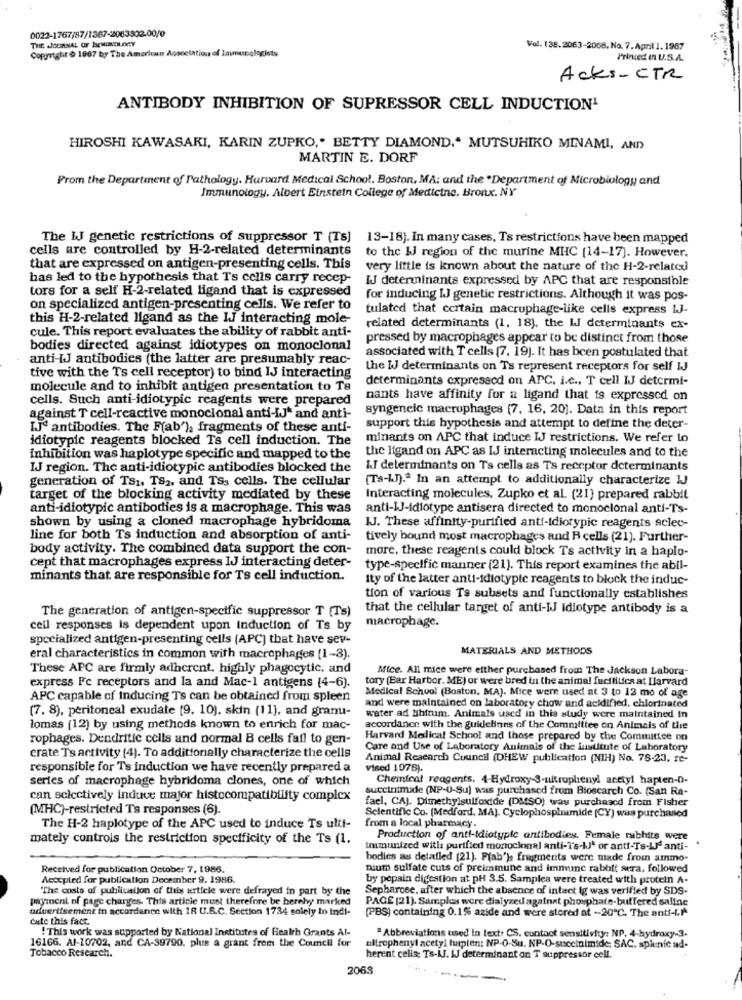
0022-1767/87/1367-2063302-00/0
THE JOURNAL OF hwUNOLAY
Copyright & 1967 by The American Association of Immunglogists
Vol. 138.2063-2008, No. 7.April 1.1967
Princed in U.S.A.
Acks-CTR
ANTIBODY INHIBITION OF SUPRESSOR CELL INDUCTION1
HIROSHI KAWASAKI, KARIN ZUPKO ,. BETTY DIAMOND." MUTSUHIKO MINAMI, AND)
MARTIN E. DORF
From the Department of Pathology. Harvard Medical School, Boston, MA: and the .Department of Microbiology and
Immunology. Albert Einstein College of Medicine. Bronx. NY
The IJ genetic restrictions of suppressor T (Ts) 13-18). In many cases, Ts restrictions have been mapped
cells are controlled by H-2-related determinants
to the IJ region of the murine MHC (14-17). However.
that are expressed on antigen-presenting cells. This
very little is known about the nature of the H-2-related
has led to the hypothesis that Ts cells carry recep-
IJ determinants expressed by APC that are responsible
tors for a self H-2-related ligand that is expressed
for inducing IJ genetic restrictions. Although it was pos-
on specialized antigen-presenting cells. We refer to
tulated that certain macrophage-like cells express IJ-
this H-2-related ligand as the IJ interacting mole-
cule. This report evaluates the ability of rabbit anti-
related determinants (1, 18), the IJ determinants ex-
pressed by macrophages appear to be distinct from those
bodies directed against idiotypes on monoclonal
anti-IJ antibodies (the latter are presumably reac-
associated with T cells (7. 19). It has been postulated that
tive with the Ts cell receptor) to bind IJ interacting
the IJ determinants on Ts represent receptors for self IJ
determinants expresscd on APC. i.c ., T cell IJ determi-
molecule and to inhibit antigen presentation to Te
cells. Such anti-idiotypic reagents were prepared
nants have affinity for a ligand that is expressed on
syngeneic macrophages (7, 16, 20). Data in this report
against T cell-reactive monoclonal anti-[J* and anti-
IJd antibodies. The F(ab'), fragments of these anti-
support this hypothesis and attempt to define the deter-
idiotypic reagents blocked Ts cell induction. The
minants on APC that induce IJ restrictions. We refer to
the ligand on APC as IJ interacting molecules and to the
inhibition was haplotype specific and mapped to the
IJ region. The anti-idiotypic antibodies blocked the
LI determinants on Ts cells as Ts receptor determinants
generation of TS1. TS2, and Tss cells. The cellular
(Ts-LJ).ª In an attempt to additionally characterize IJ
target of the blocking activity mediated by these
Interacting molecules, Zupko et al. (21) prepared rabbit
anti-idiotypic antibodies is a macrophage. This was
anti-IJ-Idiotype antisera directed to monoclonal anti-Ts-
shown by using a cloned macrophage hybridoma
JJ. These affinity-purified anti-idiotypic reagents sclec-
line for both Ts induction and absorption of anti-
tively bound most macrophages and R cells (21). Further-
body activity. The combined data support the con-
more, these reagents could block Ts activity in a haplo-
cept that macrophages express IJ interacting deter-
type-specific manner (21). This report examines the abil-
minants that are responsible for Ts cell induction.
Ity of the latter anti-idiotypie reagents to block the induc-
tion of various Ts subsets and functionally establishes
The generation of antigen-specific suppressor T (Ts)
that the cellular target of anti-IJ Idiotype antibody is a
cell responses is dependent upon Induction of Ts by
macrophage.
specialized antigen-presenting cells (APC] that have sev-
MATERIALS AND METHODS
eral characteristics in common with macrophages (1-3).
These APC are firmly adherent, highly phagocytic, and
Mice. All mice were either purchased from The Jackson Labora-
express Fe receptors and la and Mac-1 antigens (4-6).
tory (Bar Harbor. ME) or were bred in the animal fucilitica at Harvard
Medical School (Boston, MA). Mice were used at 3 to 12 mo of age
APC capable of Inducing Ts can be obtained from spleen
and were maintained on laboratory chow and acidified, chlorinated
(7. 8), peritoneal exudate [9. 10), skin (11), and granu-
water ad libitum. Animals used in this study were maintained in
lomas (12) by using methods known to enrich for mac-
accordance with the guidelines of the Committee on Animals of the
rophages. Dendritic cells and normal B cells fail to gen-
Harvard Medical School and those prepared by the Committee on
Care and Use of Laboratory Animals of the Lustitute of Laboratory
erate Ts activity (4). To additionally characterize the cells
Animal Research Council (DHEW publication (NIH) No. 78-23, re-
responsible for Ts induction we have recently prepared a
vised 1978).
series of macrophage hybridoma clones, one of which
Chemical reagents. 4-Hydroxy-3-nitrophenyl acetyl hapten-D-
succinimide (NP-U-Su) was purchased from Bioscarch Co. (San Ra-
can selectively induce major histocompatibility complex
fael, CAJ. Dimethylsulfoxide (DMSO) was purchased from Fisher
(MHC)-restricted Ts responses (6).
from a local pharmacy.
Scientific Co. [Medford, MA]. Cyclophosphamide (CY) was purchased
The H-2 haplotype of the APC used to induce Ts ulti-
mately controls the restriction specificity of the Ts (1.
Production of anti-idiotypie antibodies. Female rubhits were
immunized with purified monoclonal anti-T's-IJt or anti-Ts-LJ anti-
bodies as detailed (21). F(ab'), fragments were made from amino-
Received for publication October 7, 1986.
nium sulfate cuts of preimmune and immune rabbit serra, followed
Accepted for publication December 9. 1986.
by pepsin digestion at pH 3.5. Samples were treated with protein A-
"The costs of publication of this article were defrayed in part by the
Sepharcee, after which the absence of intact Ig was verified by SDS-
payment of page charges. This article must therefore be herehy marked
PAGE (21). Samples were dialyzed against phosphate-buffered saline
advertisement in accordance with 18 U.S.C. Section 1734 solely to indi-
(PBS) containing 0.1% azide and were stored at -20℃. The anti-LI
cute this fact
!This work was supported by National Institutes of Health Grants Al-
" Abbreviations used in text. CS. contact sensitivity: NP. 4-hydroxy-3.
16166. Al-10702, and CA-39790, plus a grant from the Council for
altrophenyl acetyl tusplen: NP-O-Su. NP-O-succinimide: SAC. spiunic ad-
Tobacco Research.
herent celis; Ts-IJ. IJ determinant on T suppressor cell.
2063
-----